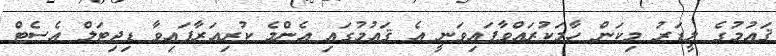
ޤައުމުގެ ލީޑަރު މިކަން ހާމަކުރައްވާފައިވަނީ އެ ޤައުމުގައި އެންމެ ކުރިއަރާފައިވާ ޑިޖިޓަލް އެސެޓް